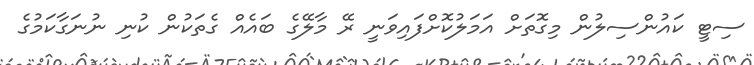
ސިޓީ ކައުންސިލުން މިގޮތަށް އަމަލުކޮށްފައިވަނީ ރޭ މާލޭގެ ބައެއް ގެތަކުން ކުނި ނުނަގާކަމުގެ